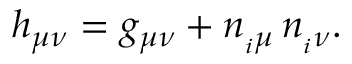
h _ { \mu \nu } = g _ { \mu \nu } + n _ { _ i \mu } \, n _ { _ i \nu } .